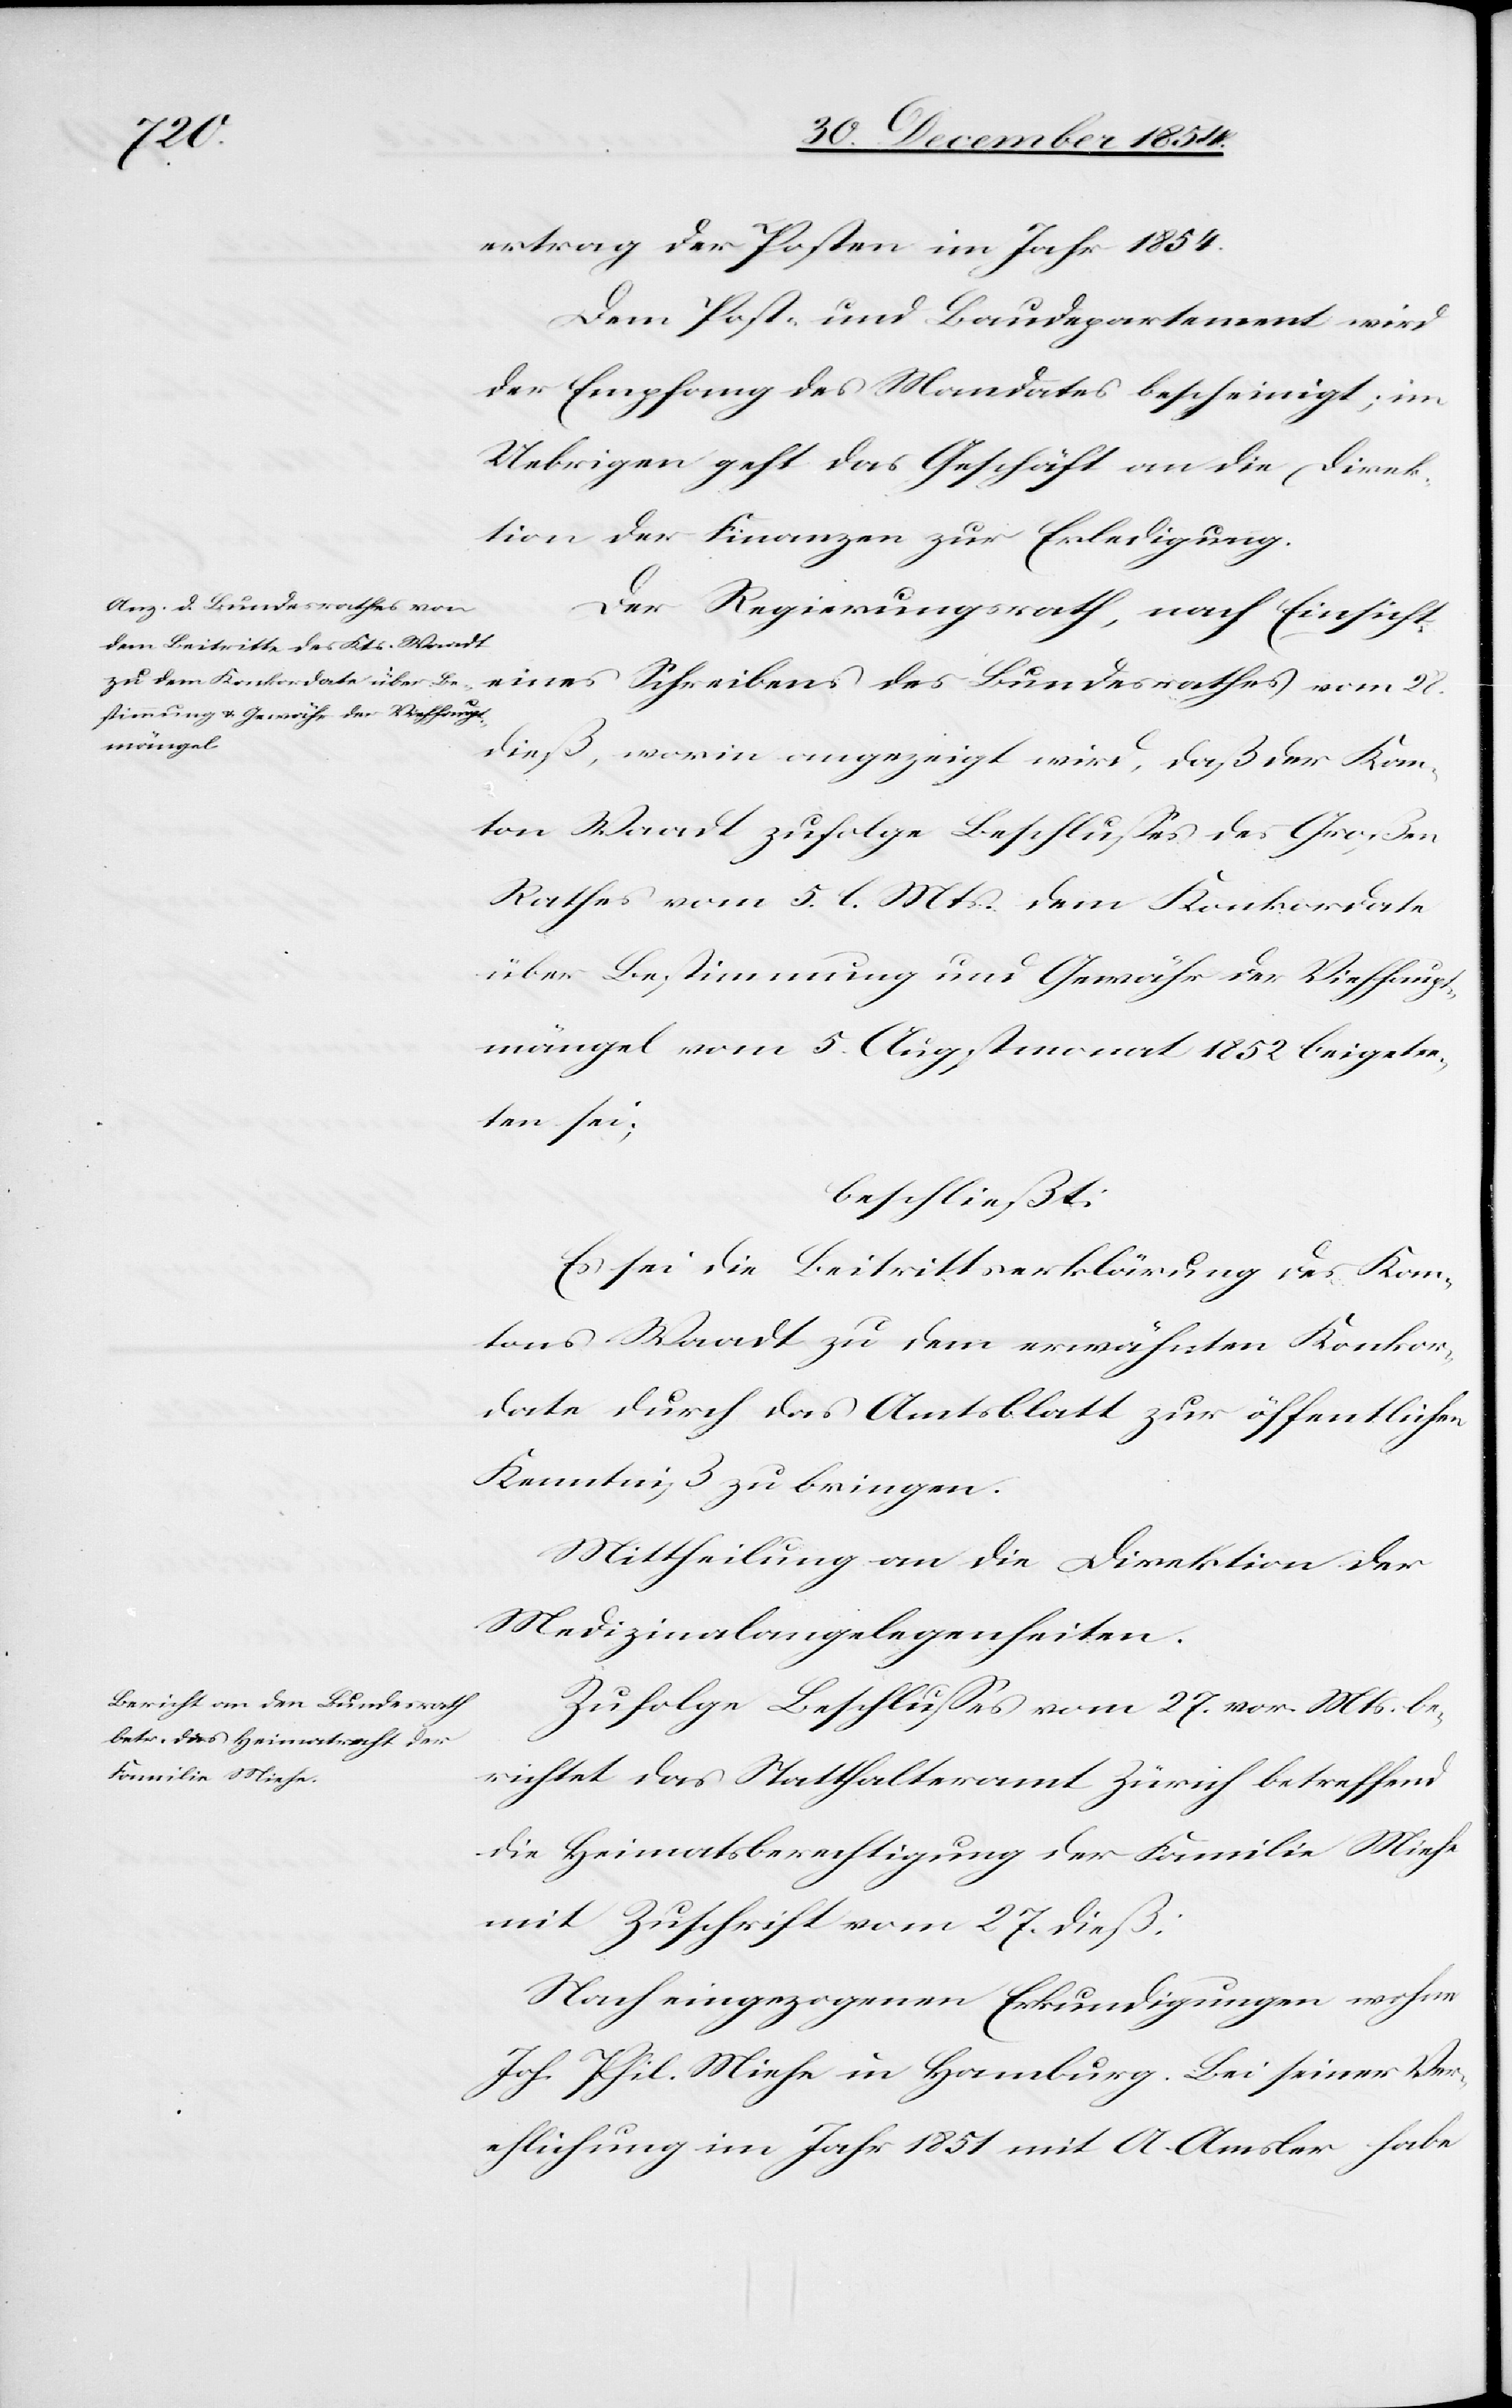
ertrag der Posten im Jahr 1854.
Dem Post- und Baudepartement wird
der Empfang des Mandates bescheinigt; im
Uebrigen geht das Geschäft an die Direk¬
tion der Finanzen zur Erledigung.
Der Regierungsrath, nach Einsicht
eines Schreibens des Bundesrathes vom 28.
dieß, worin angezeigt wird, daß der Kan¬
ton Waadt zufolge Beschlußes des Großen
Rathes vom 5. l. Mts. dem Konkordate
über Bestimmung und Gewähr der Viehhaup¬
tmängel vom 5. Augstmonat 1852 beigetre¬
ten sei;
beschließt:
Es sei die Beitrittserklärung des Kan¬
tons Waadt zu dem erwähnten Konkor¬
date durch das Amtsblatt zur öffentlichen
Kenntniß zu bringen.
Mittheilung an die Direktion der
Medizinalangelegenheiten.
Zufolge Beschlußes vom 27. vor. Mts. be¬
richtet das Statthalteramt Zürich betreffend
die Heimatsberechtigung der Familie Miehe
mit Zuschrift vom 27. dieß:
Nach eingezogenen Erkundigungen wohne
Joh. Phil. Miehe in Hamburg. Bei seiner Ver¬
ehlichung im Jahr 1851 mit A. Amsler habe